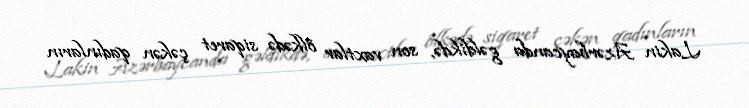
Lakin Azərbaycanda gəldikdə, son vaxtlar ölkədə siqaret çəkən qadınların